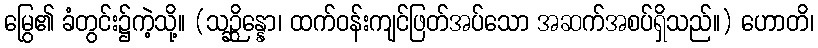
မြွေ၏ ခံတွင်း၌ကဲ့သို့။ (သဉ္ဆိန္နော၊ ထက်ဝန်းကျင်ဖြတ်အပ်သော အဆက်အစပ်ရှိသည်။) ဟောတိ၊